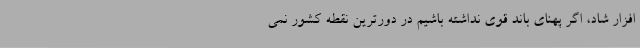
افزار شاد، اگر پهنای باند قوی نداشته باشیم در دورترین نقطه کشور نمی